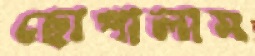
ছোপালাম